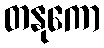
တနုကော